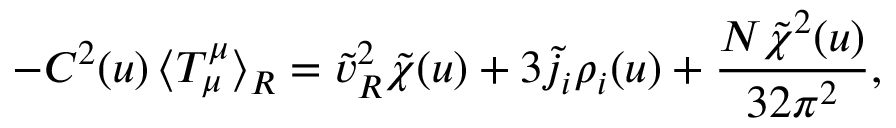
- C ^ { 2 } ( u ) \, \langle T _ { \mu } ^ { \mu } \rangle _ { \tiny R } = \tilde { v } _ { \tiny R } ^ { 2 } \tilde { \chi } ( u ) + 3 \tilde { j } _ { i } \rho _ { i } ( u ) + \frac { N \tilde { \chi } ^ { 2 } ( u ) } { 3 2 \pi ^ { 2 } } ,